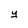
Character: y